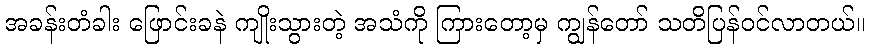
အခန်းတံခါး ဖြောင်းခနဲ ကျိုးသွားတဲ့ အသံကို ကြားတော့မှ ကျွန်တော် သတိပြန်ဝင်လာတယ်။